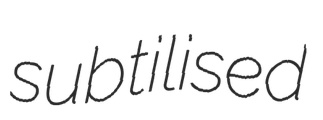
subtilised